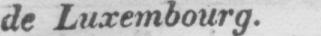
de Luxembourg.